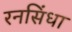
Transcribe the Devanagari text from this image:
रनसिंधा